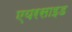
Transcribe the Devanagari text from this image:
एयरसाइड